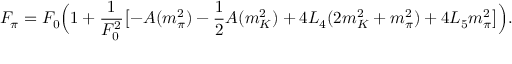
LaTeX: F _ { \pi } = F _ { 0 } \Bigl ( 1 + \frac { 1 } { F _ { 0 } ^ { 2 } } \bigl [ - A ( m _ { \pi } ^ { 2 } ) - \frac { 1 } { 2 } A ( m _ { K } ^ { 2 } ) + 4 L _ { 4 } ( 2 m _ { K } ^ { 2 } + m _ { \pi } ^ { 2 } ) + 4 L _ { 5 } m _ { \pi } ^ { 2 } \bigr ] \Bigr ) .